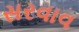
સરવાવ